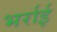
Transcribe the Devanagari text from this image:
भर्राई